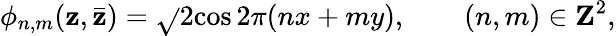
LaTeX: \phi_{n,m}(\mathbf{z},\bar{{\mathbf{z}}})=\sqrt{}{2}\mathrm{{cos}}\, 2\pi(nx+my),\qquad(n,m)\in{\mathbf{Z}}^{2},